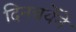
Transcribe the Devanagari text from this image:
दिनचर्येने